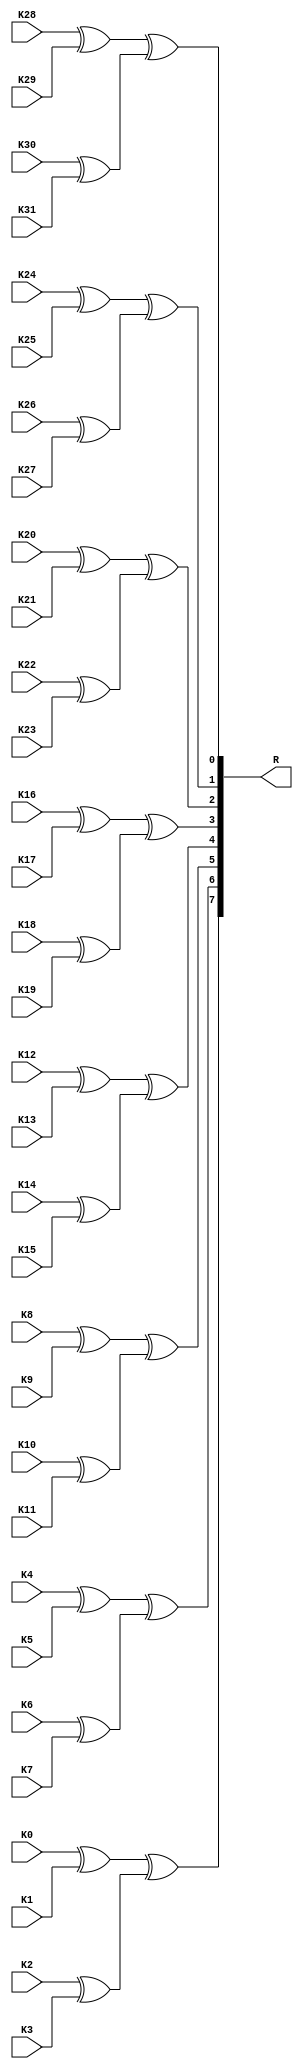
/////////////////////////////////////////////////////////////////////////////////
//
// Original Author: Alexander Maximov and Patrik Ekdahl
// Adapted by:
// 
// Module Name: xor8_4
// Project Name: aes_sboxes
// Description: 8 XOR4 gates.
//              Adapted from Alexander Maximov and Patrik Ekdahl's 
//              "New Circuit Minimization Techniques 
//              for Smaller and Faster AES SBoxes"
// 
// Dependencies: None.
// 
// 
// Additional Comments: None.
// 
//////////////////////////////////////////////////////////////////////////////////

module xor8_4 (
        input   wire            K0, K1, K2, K3, K4, K5, K6, K7, K8, K9, K10, K11, K12, K13, K14, K15,
        input   wire            K16, K17, K18, K19, K20, K21, K22, K23, K24, K25, K26, K27, K28, K29, K30, K31,
        output  wire    [7:0]   R
    );

    //----------------------------------------------------------------
    // Continuous Assignments
    //----------------------------------------------------------------
    assign R[7] = (K0 ^ K1) ^ (K2 ^ K3);
    assign R[6] = (K4 ^ K5) ^ (K6 ^ K7);
    assign R[5] = (K8 ^ K9) ^ (K10 ^ K11);
    assign R[4] = (K12 ^ K13) ^ (K14 ^ K15);
    assign R[3] = (K16 ^ K17) ^ (K18 ^ K19);
    assign R[2] = (K20 ^ K21) ^ (K22 ^ K23);
    assign R[1] = (K24 ^ K25) ^ (K26 ^ K27);
    assign R[0] = (K28 ^ K29) ^ (K30 ^ K31);

endmodule // xor8_4